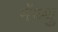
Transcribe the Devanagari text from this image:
मॅथ्थु